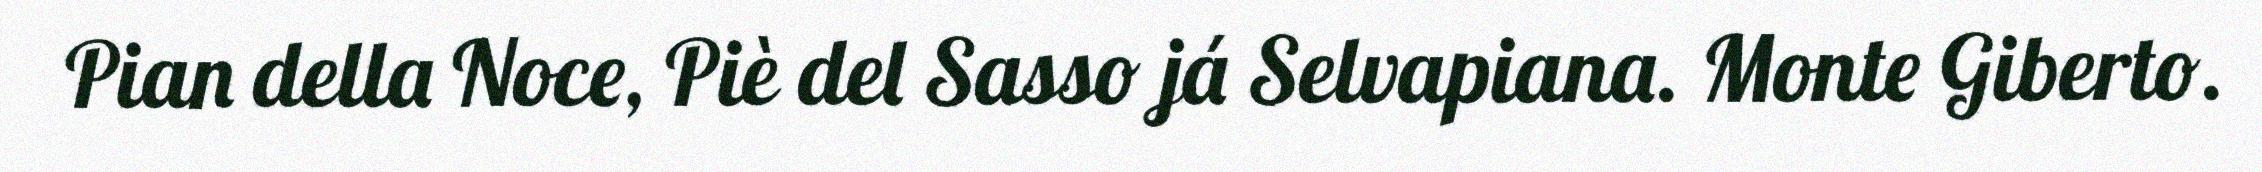
Pian della Noce, Piè del Sasso já Selvapiana. Monte Giberto.